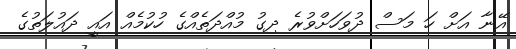
އޭނާ އަށް ހަ މަސް ދުވަހަށްވުރެ ދިގު މުއްދަތެއްގެ ހުކުމެއް އައީ ދައުލަތުގެ